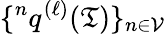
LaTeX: \{ {}^{n}q^{(\ell)}(\mathfrak{T})\} _{n\in\mathcal{{V}}}